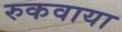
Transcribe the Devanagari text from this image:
रुकवाया